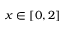
x \in [ 0 , 2 ]